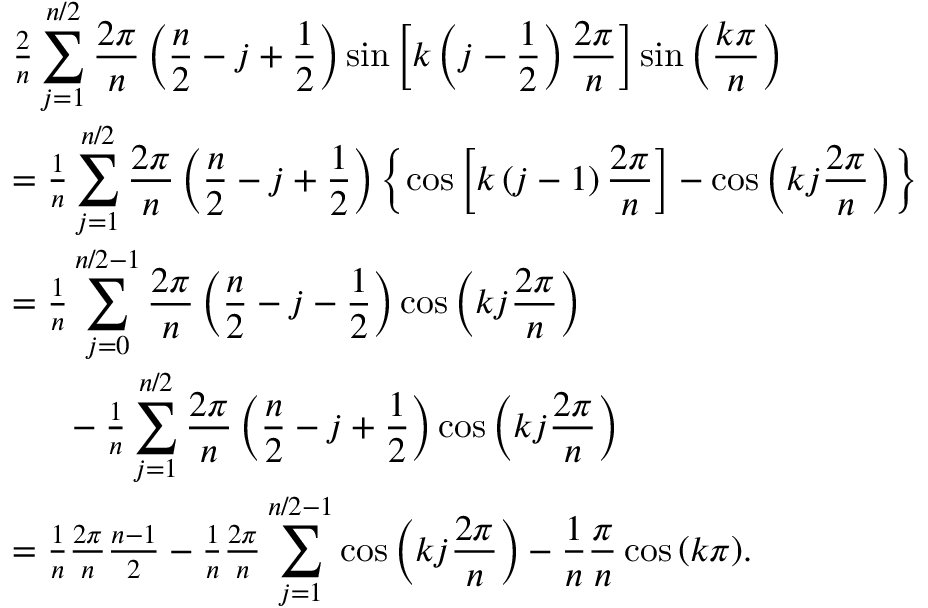
\begin{array} { r l } & { \frac { 2 } { n } \displaystyle \sum _ { j = 1 } ^ { n / 2 } \frac { 2 \pi } { n } \left( \frac { n } { 2 } - j + \frac { 1 } { 2 } \right) \sin { \left[ k \left( j - \frac { 1 } { 2 } \right) \frac { 2 \pi } { n } \right] } \sin { \left( \frac { k \pi } { n } \right) } } \\ & { = \frac { 1 } { n } \displaystyle \sum _ { j = 1 } ^ { n / 2 } \frac { 2 \pi } { n } \left( \frac { n } { 2 } - j + \frac { 1 } { 2 } \right) \left\lbrace \cos { \left[ k \left( j - 1 \right) \frac { 2 \pi } { n } \right] } - \cos { \left( k j \frac { 2 \pi } { n } \right) } \right\rbrace } \\ & { = \frac { 1 } { n } \displaystyle \sum _ { j = 0 } ^ { n / 2 - 1 } \frac { 2 \pi } { n } \left( \frac { n } { 2 } - j - \frac { 1 } { 2 } \right) \cos { \left( k j \frac { 2 \pi } { n } \right) } } \\ & { \phantom { 2 p c } - \frac { 1 } { n } \displaystyle \sum _ { j = 1 } ^ { n / 2 } \frac { 2 \pi } { n } \left( \frac { n } { 2 } - j + \frac { 1 } { 2 } \right) \cos { \left( k j \frac { 2 \pi } { n } \right) } } \\ & { = \frac { 1 } { n } \frac { 2 \pi } { n } \frac { n - 1 } { 2 } - \frac { 1 } { n } \frac { 2 \pi } { n } \displaystyle \sum _ { j = 1 } ^ { n / 2 - 1 } \cos { \left( k j \frac { 2 \pi } { n } \right) } - \frac { 1 } { n } \frac { \pi } { n } \cos { \left( k \pi \right) } . } \end{array}